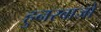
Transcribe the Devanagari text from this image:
हुनरबाजो